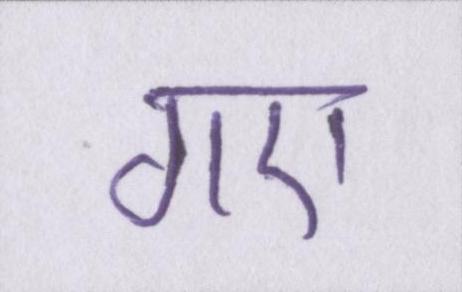
गए